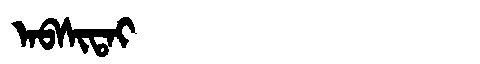
Manchu: ᠠᠪᠰᡳᡨᠠᡳ
Romanization: ABSITAI